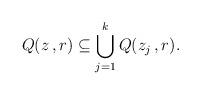
LaTeX: \begin{align*}Q(z\,,r) \subseteq \bigcup_{j=1}^k Q(z_j\,,r).\end{align*}